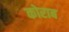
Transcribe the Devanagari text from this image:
कोराब